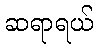
ဆရာရယ်